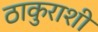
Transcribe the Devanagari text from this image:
ठाकुराशी